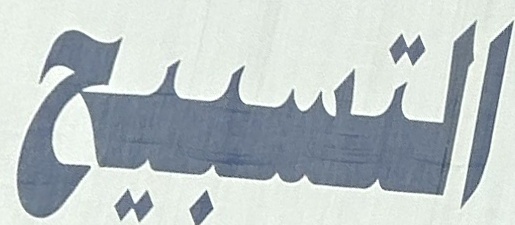
التسبیح